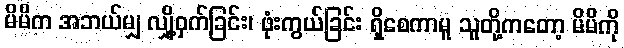
မိမိက အဘယ်မျှ လျှို့ဝှက်ခြင်း၊ ဖုံးကွယ်ခြင်း ရှိစေကာမူ သူတို့ကတော့ မိမိကို